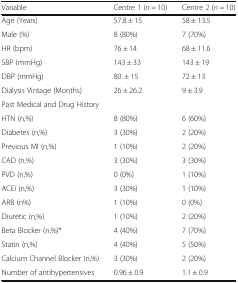
| Variable | Centre 1 (n = 10) | Centre 2 (n = 10) |
 | --- | --- | --- |
 | Age (Years) | 57.8 ± 15 | 58 ± 13.5 |
 | Male (%) | 8 (80%) | 7 (70%) |
 | HR (bpm) | 76 ± 14 | 68 ± 11.6 |
 | SBP (mmHg) | 143 ± 33 | 143 ± 19 |
 | DBP (mmHg) | 80. ± 15 | 72 ± 13 |
 | Dialysis Vintage (Months) | 26 ± 26.2 | 9 ± 3.9 |
 | <COLSPAN=3> Past Medical and Drug History |
 | HTN (n,%) | 8 (80%) | 6 (60%) |
 | Diabetes (n,%) | 3 (30%) | 2 (20%) |
 | Previous MI (n,%) | 1 (10%) | 2 (20%) |
 | CAD (n,%) | 3 (30%) | 3 (30%) |
 | PVD (n,%) | 0 (0%) | 1 (10%) |
 | ACEi (n,%) | 3 (30%) | 1 (10%) |
 | ARB (n%) | 1 (10%) | 0 (0%) |
 | Diuretic (n,%) | 1 (10%) | 2 (20%) |
 | Beta Blocker (n,%)* | 4 (40%) | 7 (70%) |
 | Statin (n,%) | 4 (40%) | 5 (50%) |
 | Calcium Channel Blocker (n,%) | 3 (30%) | 2 (20%) |
 | Number of antihypertensives | 0.96 ± 0.9 | 1.1 ± 0.9 |